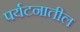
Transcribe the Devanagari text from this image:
पर्यटनातील